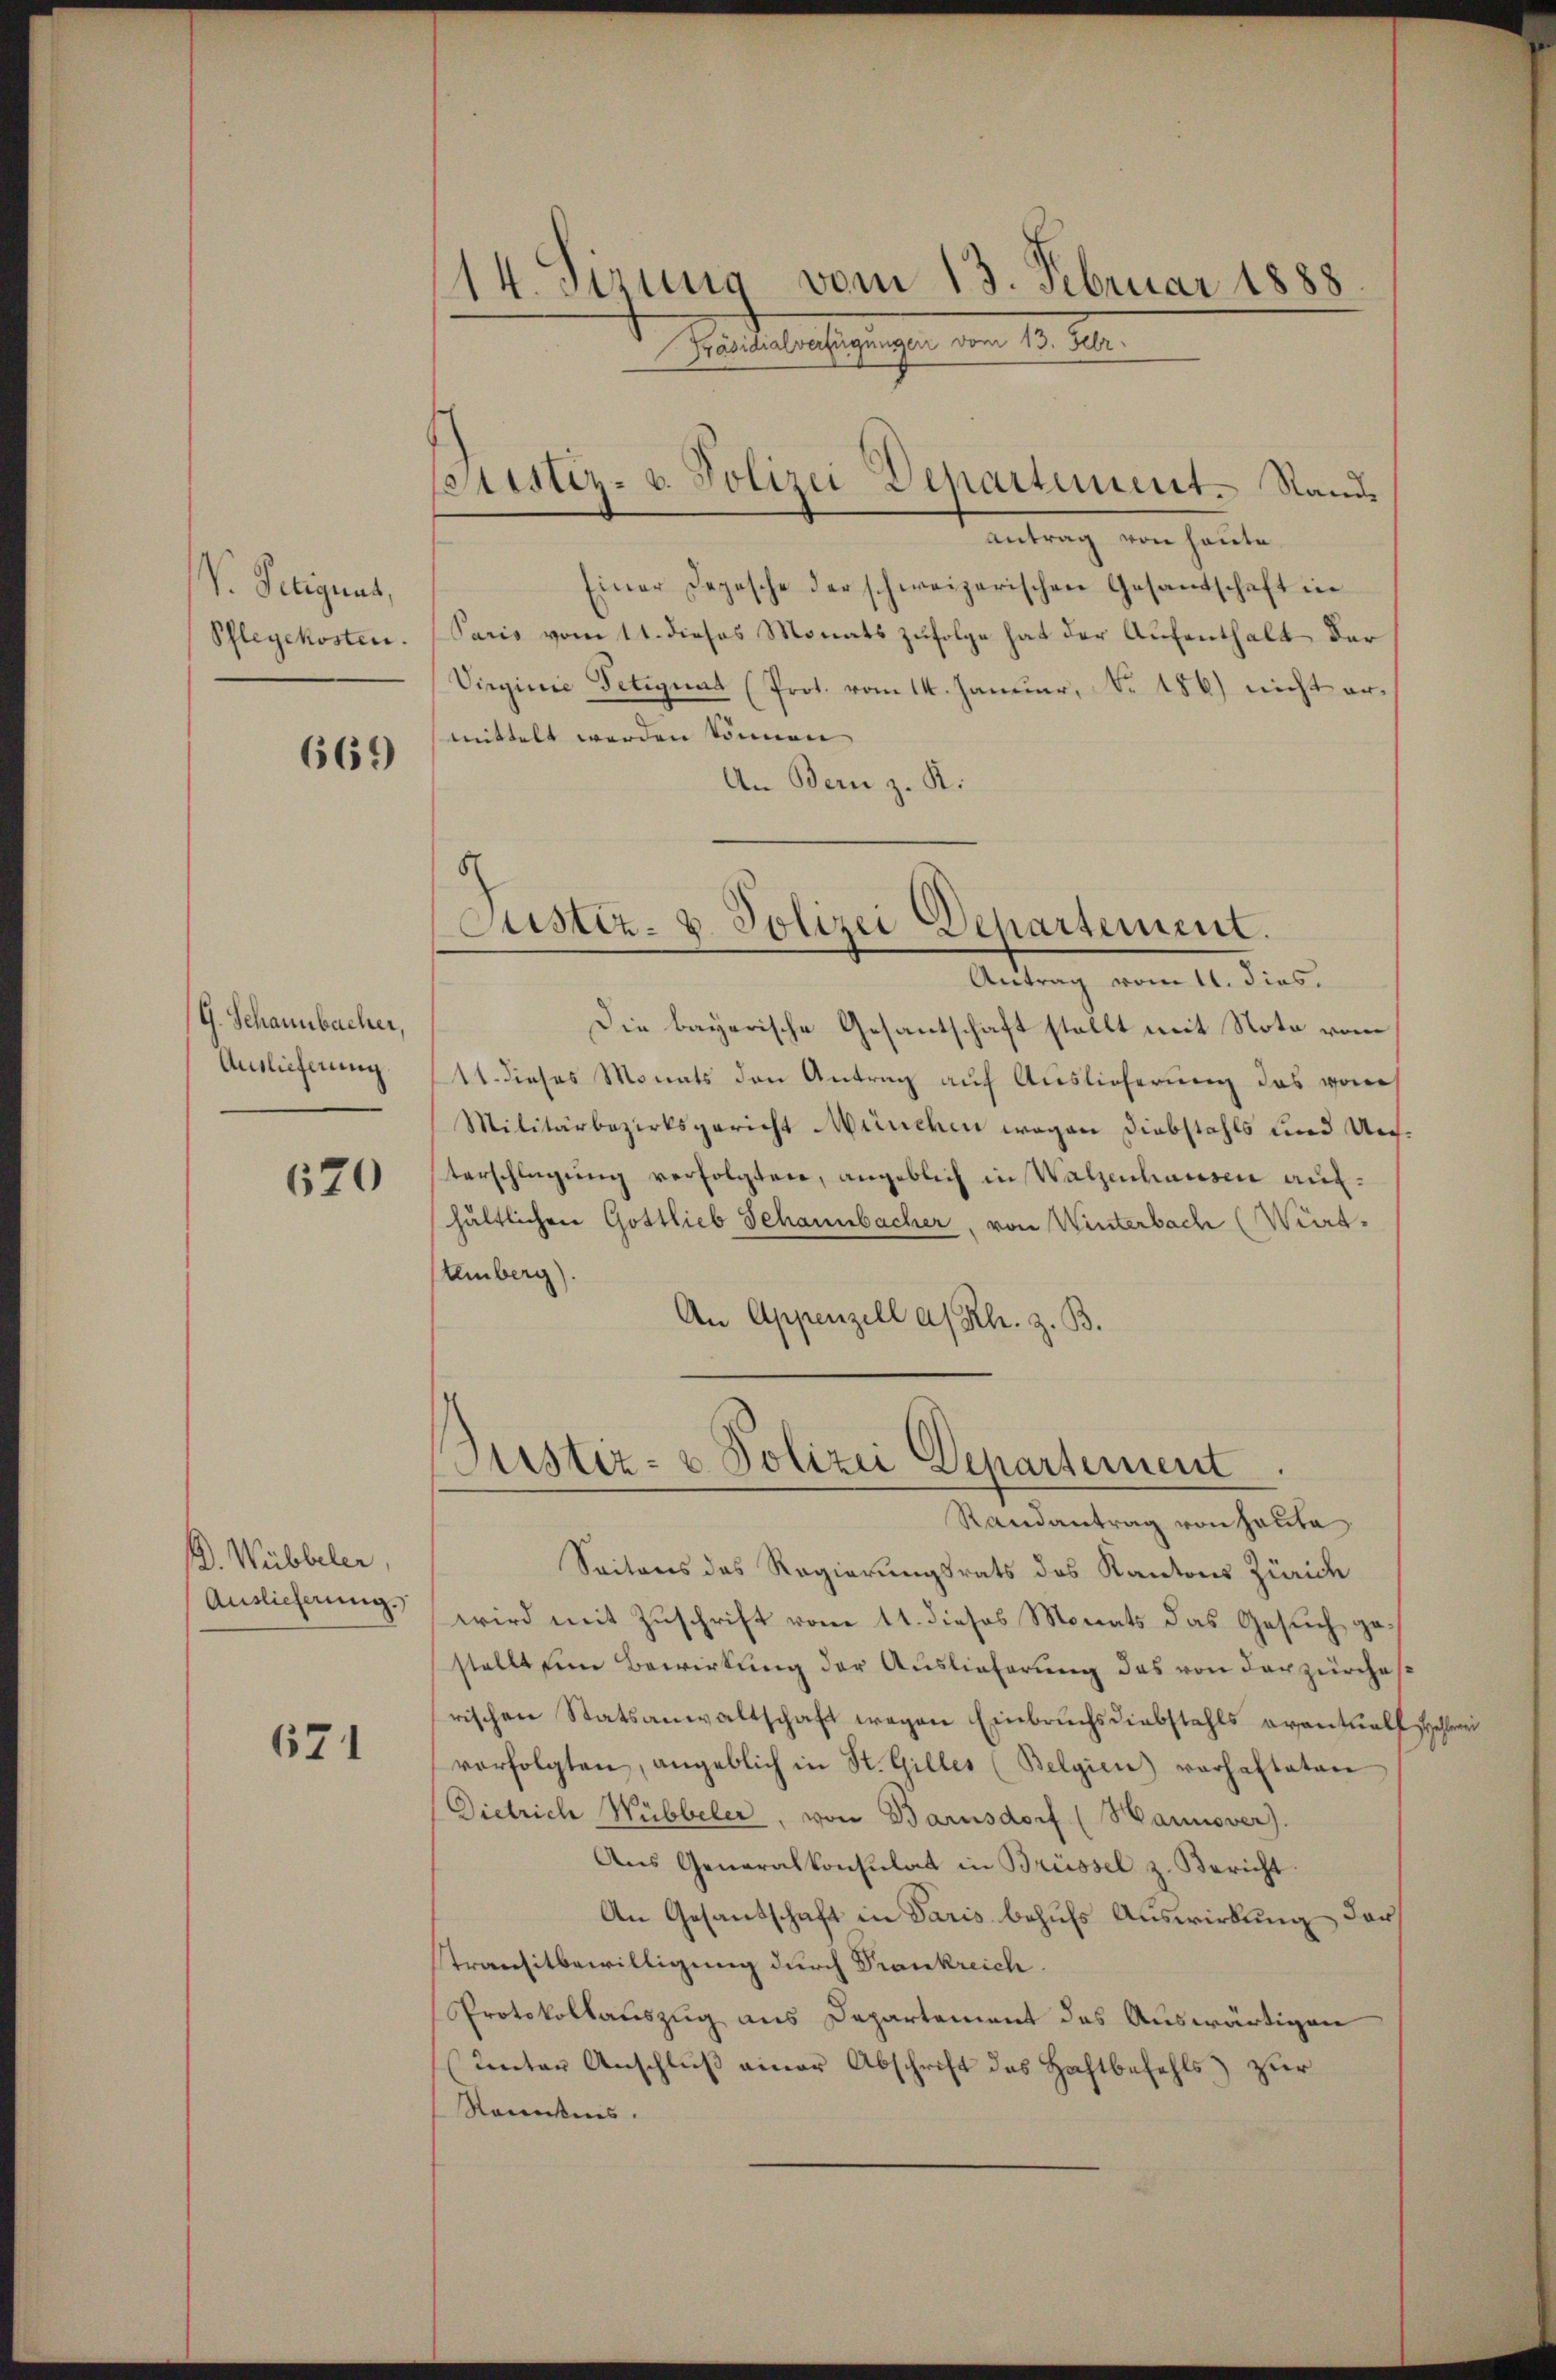
V. Peeignet,

669

G. Schannbacher,
Auslieferung.

670

B. Webbeler,
Auslieferung.

671

14. Sirung vom 13. Februar 1888
Präsidialverfügungen vom 13. Febr.

pristiz- u. Polizei Departement. Sand¬

Antrag von heute.
Einer Depesche der schweizerischen Gesandschaft in
Pflegekosten. (Saris vom 11. dieses Monats zufolge hat der Aufenthalt der
Virginie Petiquat (Prot. vom 14. Januar, No. 186) nicht ermittelt werden können
An Bern z. R.
Antrag vom 11. dies
Die bayerische Gesantschaft stellt mit Note vom
11. dieses Monats den Antrag auf Auslieferung des vom
Militärbezirksgericht München wegen Diebstahls und Unterschlagŭng verfolgten, angeblich in Walzenhausen aufhältlichen Gottlieb Schannbacher, von Winterbach (Wirt-
temberg).
An Appenzell a/Rh. z. B.
Justiz- & Polizei Departement.
Randantrag von Hauta
Saitens des Regierungsrats des Kantons Zürich
wird mit Zuschrift vom 11. dieses Monats das Gesuch gestellt um Bewirkung der Auslieferung das von der zürches
rischen Statsanwaltschaft wegen Einbruchsdiebstahls eventuell Schlerei
vorfolgten, angeblich in St. Gilles (Belgien vorhalteten
Dietrich Wübbeler, von Barnsdorf (Hannover).
Ans Generalkonsulat in Brüssel z. Bericht.
An Gesandschaft in Paris behufs Auswirkung darf
Transitbewilligung durch Frankreich.
Protokollauszug aus Departement des Auswärtigen
Unter Anschluß einer Abschrift des Haftbefehls zur
Kenntnis.

8
Justiz- u. Polizei Departement.